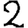
Digit: 2